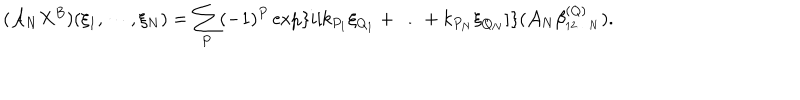
LaTeX: ( { \cal A } _ { N } X ^ { B } ) ( \xi _ { 1 } , \cdots , \xi _ { N } ) = \sum _ { P } ( - 1 ) ^ { P } \exp \{ i [ k _ { P _ { 1 } } \xi _ { Q _ { 1 } } + \ldots + k _ { P _ { N } } \xi _ { Q _ { N } } ] \} ( { \cal A } _ { N } \beta _ { _ { 1 2 \ldots N } } ^ { ( Q ) } ) .